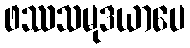
ဖဿသမုဒယာပေ